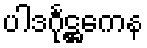
ပါဒင်္ဂုဋ္ဌကေန